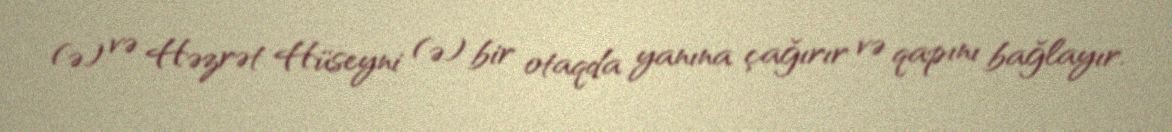
(ə) və Həzrət Hüseyni (ə) bir otaqda yanına çağırır və qapını bağlayır.